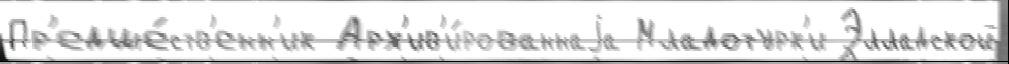
Пр'едше́ств'енн'ик Арх'ив'и́рованнаjа Младотурк'и Элладской